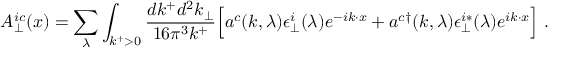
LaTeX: A _ { \perp } ^ { i c } ( x ) = \sum _ { \lambda } \int _ { k ^ { + } > 0 } { \frac { d k ^ { + } d ^ { 2 } k _ { \perp } } { 1 6 \pi ^ { 3 } k ^ { + } } } \Bigl [ a ^ { c } ( k , \lambda ) \epsilon _ { \perp } ^ { i } ( \lambda ) e ^ { - i k \cdot x } + a ^ { c \dagger } ( k , \lambda ) \epsilon _ { \perp } ^ { i * } ( \lambda ) e ^ { i k \cdot x } \Bigr ] \; .